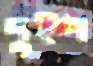
দুইপ